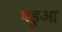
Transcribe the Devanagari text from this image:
पंडुआ